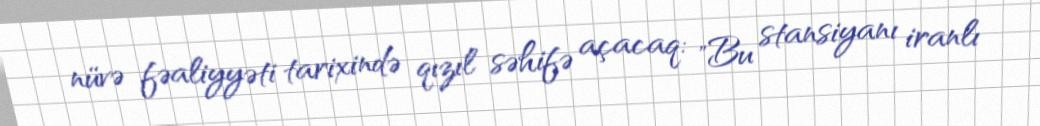
nüvə fəaliyyəti tarixində qızıl səhifə açacaq: "Bu stansiyanı iranlı